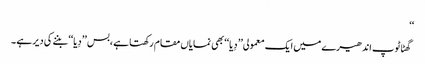
‘‘
گھٹاٹوپ اندھیرے میں ایک معمولی’’ دِیا‘‘بھی نمایاں مقام رکھتا ہے ،بس ’’دِیا‘‘ بننے کی دیر ہے ۔